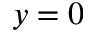
y = 0